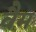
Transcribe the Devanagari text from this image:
वैम